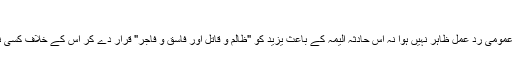
" [ رسوماتِ محرم ا لحرام ص 35 ]
" لیکن جہاں تک سانحہ کربلا کا تعلق ہے اس پر ساری قلمرد میں کوئی عمومی ردِ عمل ظاہر نہیں ہوا نہ اس حادثۂ الیمہ کے باعث یزید کو "ظالم و قاتل اور فاسق و فاجر" قرار دے کر اس کے خلاف کسی نے بھی خروج کو جائز سمجھا' گو ذاتی قلق اس کا کیسا بھی شدید رہا ہو۔